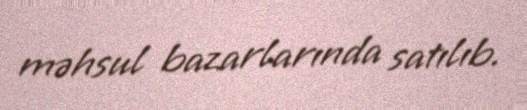
məhsul bazarlarında satılıb.